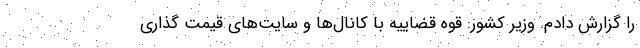
را گزارش دادم. وزیر کشور: قوه قضاییه با کانال‌ها و سایت‌های قیمت گذاری